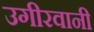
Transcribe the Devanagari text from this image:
उगीरवानी